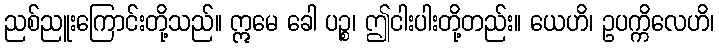
ညစ်ညူးကြောင်းတို့သည်။ ဣမေ ခေါ ပဉ္စ၊ ဤငါးပါးတို့တည်း။ ယေဟိ၊ ဥပက္ကိလေဟိ၊